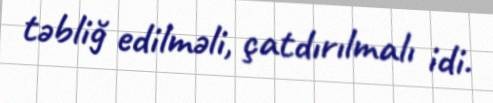
təbliğ edilməli, çatdırılmalı idi.